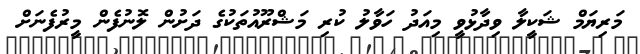
މަރިޔަމް ޝަކީލާ ވިދާޅުވީ މިއަދު ހަވާލު ކުރި މަޝްރޫއުތަކުގެ ދަށުން ލޮނުފެން މީރުފެނަށް